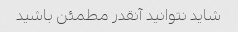
شاید نتوانید آنقدر مطمئن باشید